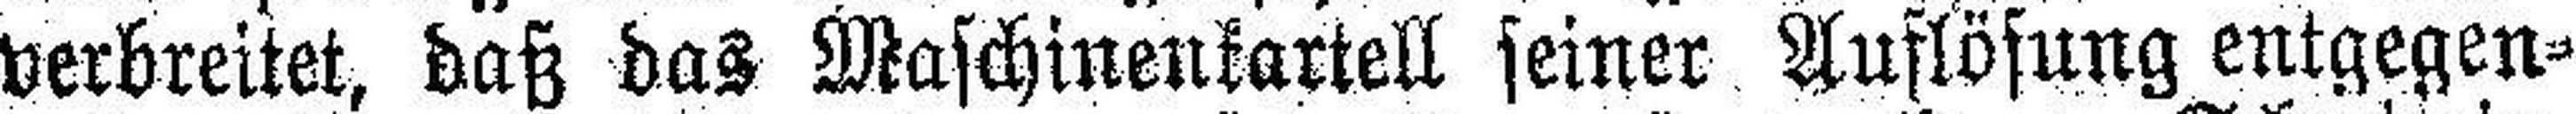
verbreitet, daß das Maschinenkartell feiner Auflösung entgegen¬